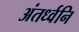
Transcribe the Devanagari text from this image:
अंतर्ध्वनि